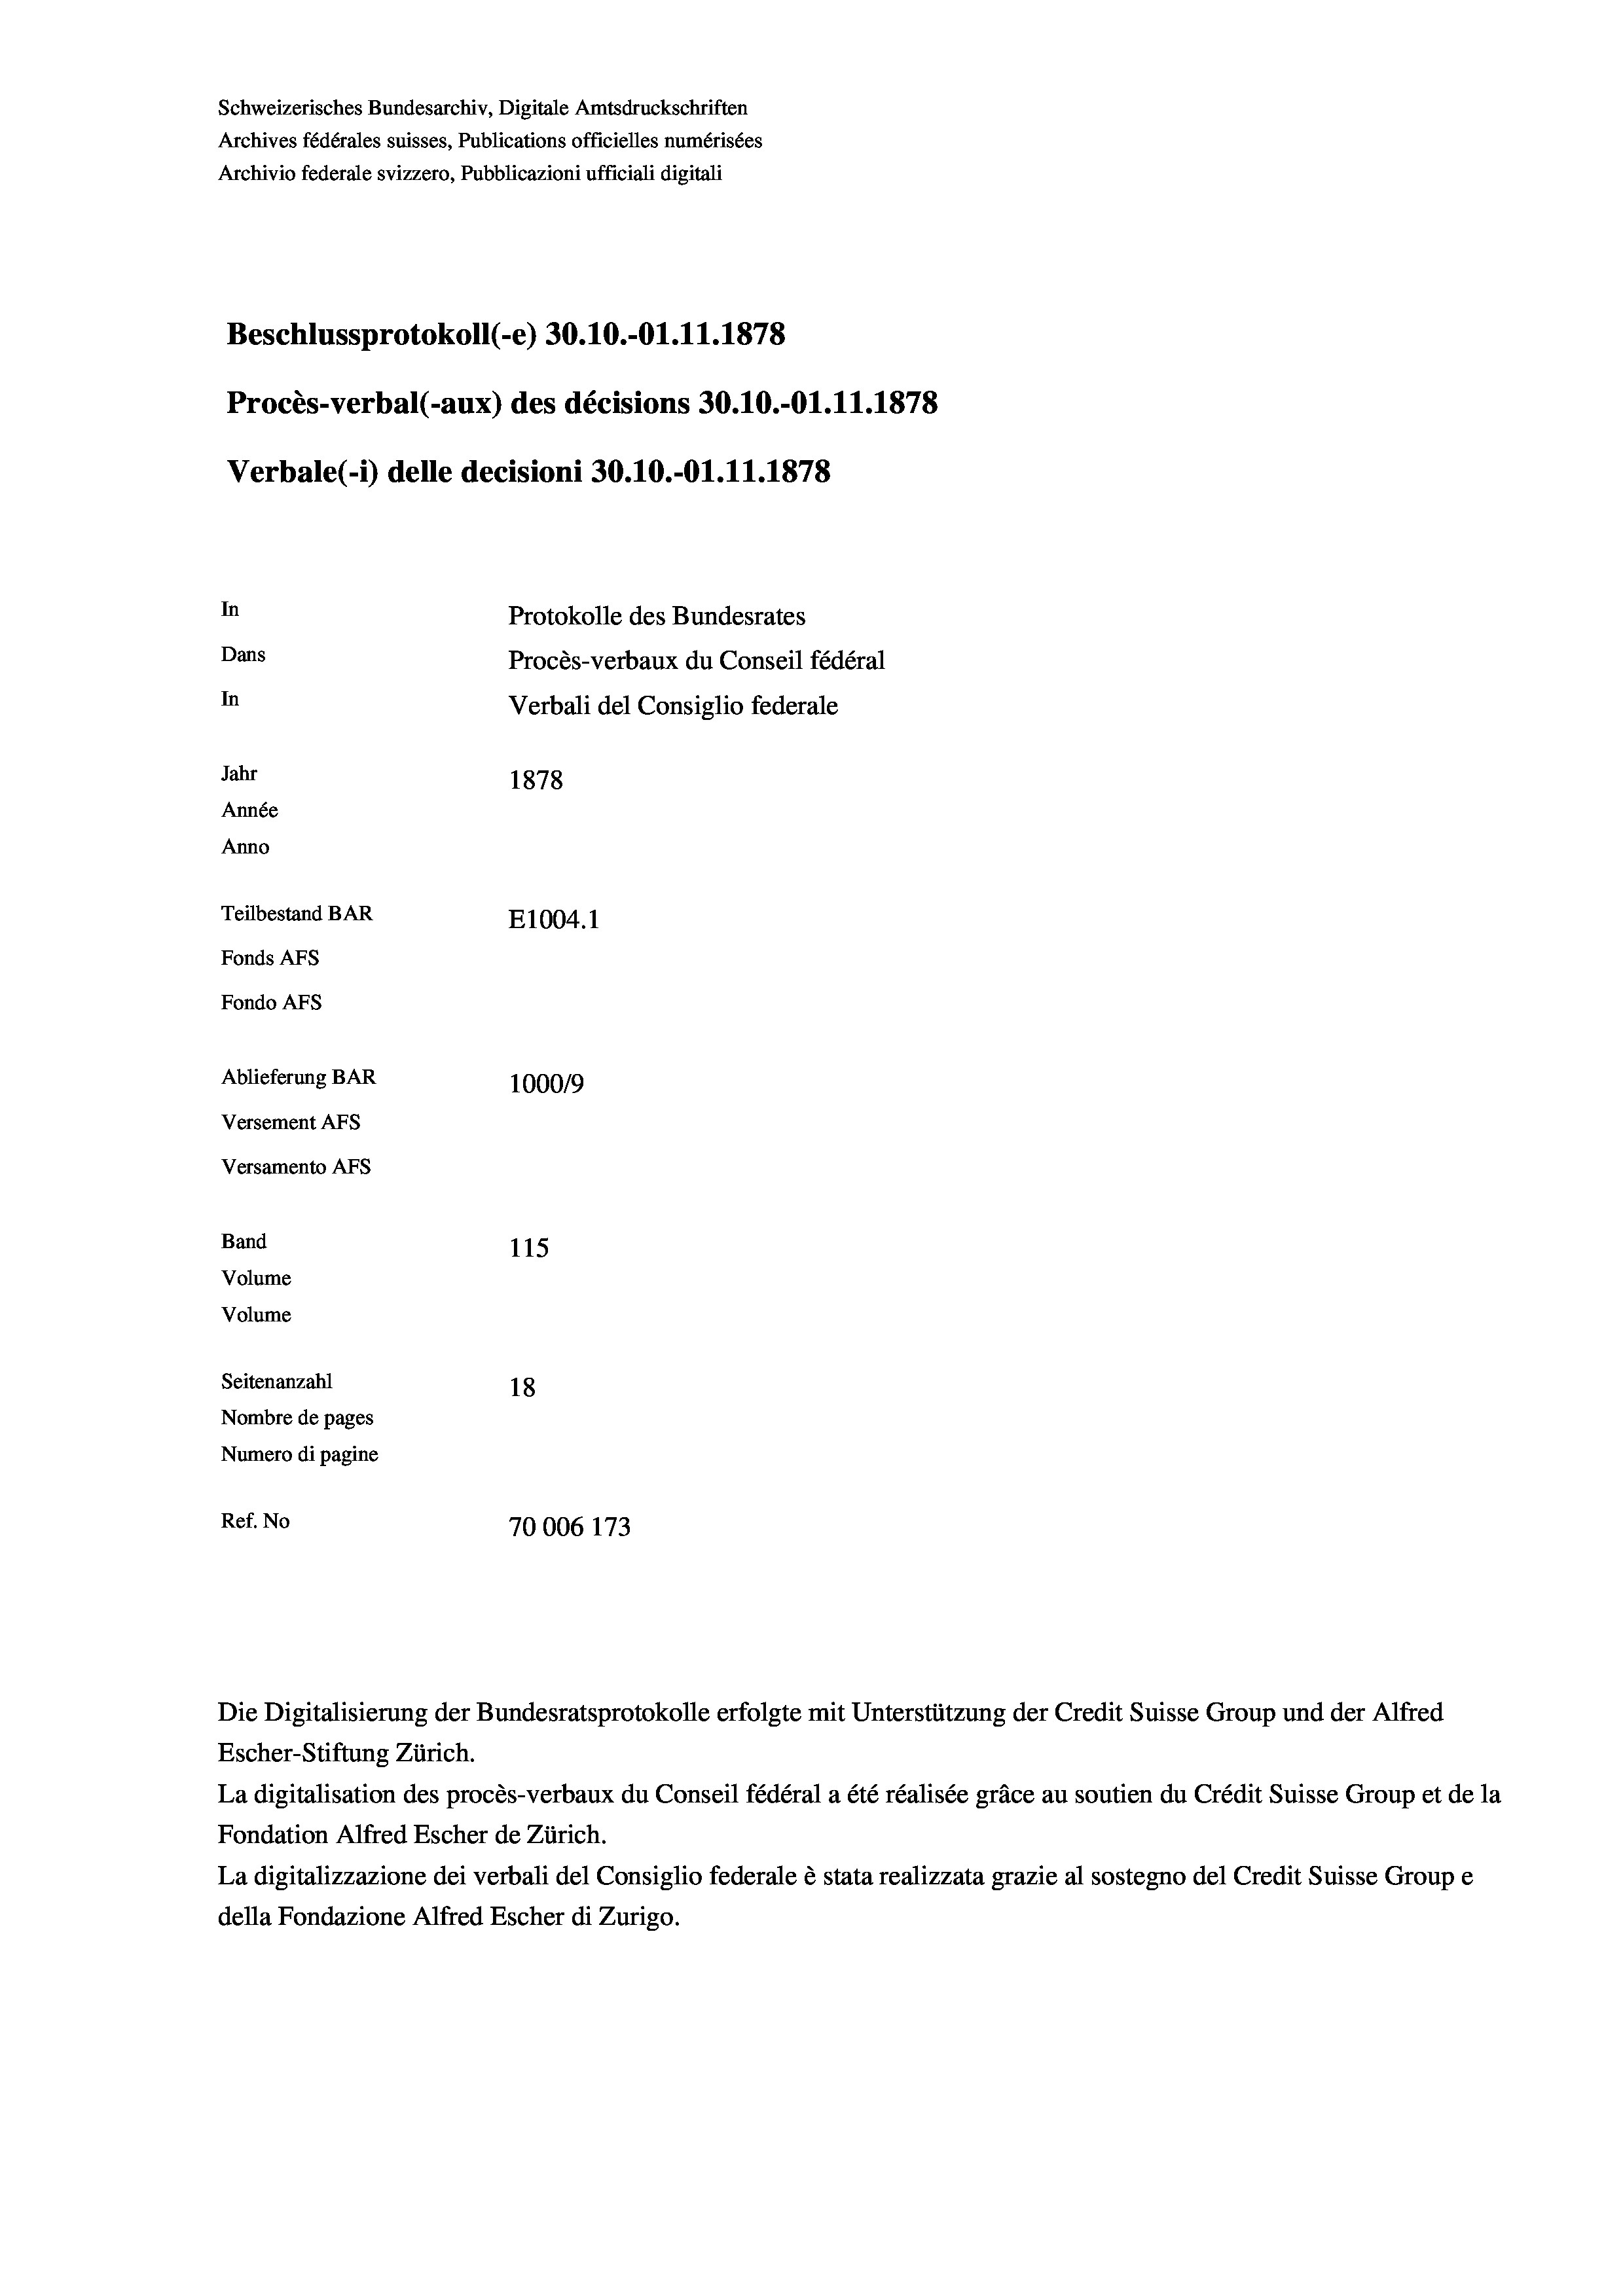
Schweizerisches Bundesarchiv, Digitale Amtsdruckschriften
Archives fédérales suisses, Publications officielles numérisées
Archivio federale svizzero, Pubblicazioni ufficiali digitali
Beschlussprotokoll (-e) 30.10.-O1.11.1878
Procès-verbal (-aux) des décisions 30.10.-O1.11.1878
Verbale (- 1) delle decisioni 30.10.-Ol.11.1878
In
Protokolle des Bundesrates
Dans
Procès-verbaux du Conseil fédéral
In
Verbali del Consiglio federale
Jahr
1878
Année
Anno
Teilbestand BAR
E1004. 1
Fonds AFs
Fondo AFs
Ablieferung BAR
100019
Versement As
Versamento AFs
Band
115
Volume
Volume
Seitenanzahl
18
Nombre de pages
Numero di pagine
Ref. No
70006 173

Escher-Stiftung Zürich.
La digitalisation des procès-verbaux du Conseil fédéral a été réalisée gräce au soutien du Crédit Suisse Group et de la
Fondation Alfred Escher de Zürich.
La digitalizzazione dei verbali del Consiglio federale è stata realizzata grazie al sostegno del Credit Suisse Groupe
della Fondazione Alfred Escher di Zurigo.

Die Digitalisierung der Bundesratsprotokolle erfolgte mit Unterstützung der Credit Suisse Group und der Alfred